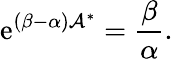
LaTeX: \mathrm{e}^{(\beta-\alpha)\mathcal{{A}}^{\ast}}=\frac{{\beta}}{{\alpha}}.